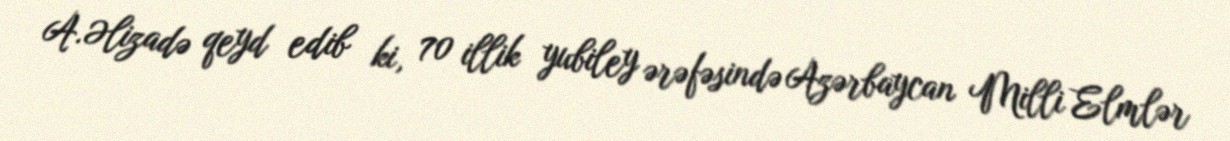
A.Əlizadə qeyd edib ki, 70 illik yubiley ərəfəsində Azərbaycan Milli Elmlər